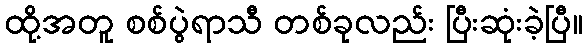
ထို့အတူ စစ်ပွဲရာသီ တစ်ခုလည်း ပြီးဆုံးခဲ့ပြီ။